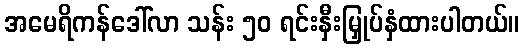
အမေရိကန်ဒေါ်လာ သန်း ၅၀ ရင်းနှီးမြှုပ်နှံထားပါတယ်။